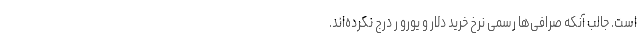
است. جالب آنکه صرافی‌ها رسمی نرخ خرید دلار و یورو ر درج نکرده‌اند.